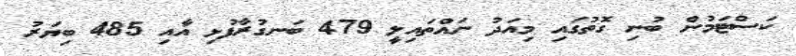
ކަސްޓަމުން ބުނި ގޮތުގައި މިއަދު ނައްތައިލީ 479 ބަނގުރާފުޅި އާއި 485 ބިޔަރު